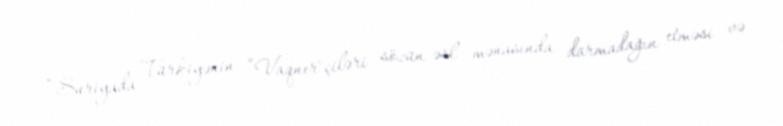
“Suriyada Türkiyənin ”Vaqner"çiləri sözün əsl mənasında darmadağın etməsi və